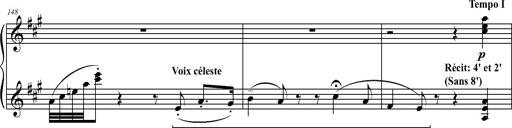
Title: 2 LÃ©gendes
Composer: Franz Liszt